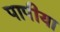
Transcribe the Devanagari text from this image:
पापीया